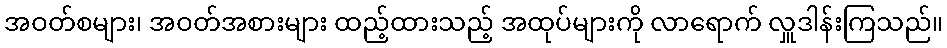
အဝတ်စများ၊ အဝတ်အစားများ ထည့်ထားသည့် အထုပ်များကို လာရောက် လှူဒါန်းကြသည်။